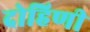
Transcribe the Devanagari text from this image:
दोहिणी